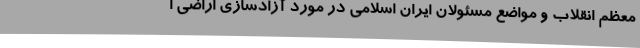
معظم انقلاب و مواضع مسئولان ایران اسلامی در مورد آزادسازی اراضی ا